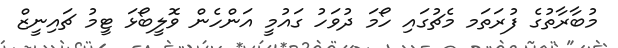
މުބާރާތުގެ ފުރަތަަމ މެޗުގައި ހޯމަ ދުވަހު ގައުމީ އަންހެން ވޮލީބޯޅަ ޓީމު ޗައިނީޒް